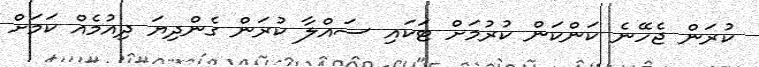
ކުރަން ޖެހޭނެ ކަންކަން ކުރުުމަށް ޓަކައި ސައްލާ ކުރަން ގެންދިޔަ ދިއުމެއް ކަމަށް